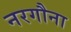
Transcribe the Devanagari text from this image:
नरगौना